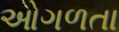
ઓગળતા